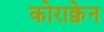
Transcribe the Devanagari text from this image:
कोराक्वेन